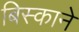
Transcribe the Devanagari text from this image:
बिस्काने